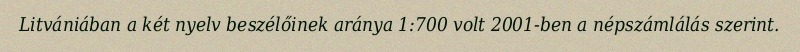
Litvániában a két nyelv beszélőinek aránya 1:700 volt 2001-ben a népszámlálás szerint.